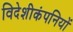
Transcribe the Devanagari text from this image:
विदेशीकंपनियों